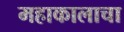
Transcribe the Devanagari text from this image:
महाकालाचा